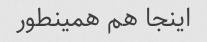
اینجا هم همینطور